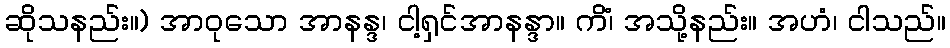
ဆိုသနည်း။) အာဝုသော အာနန္ဒ၊ ငါ့ရှင်အာနန္ဒာ။ ကိံ၊ အသို့နည်း။ အဟံ၊ ငါသည်။